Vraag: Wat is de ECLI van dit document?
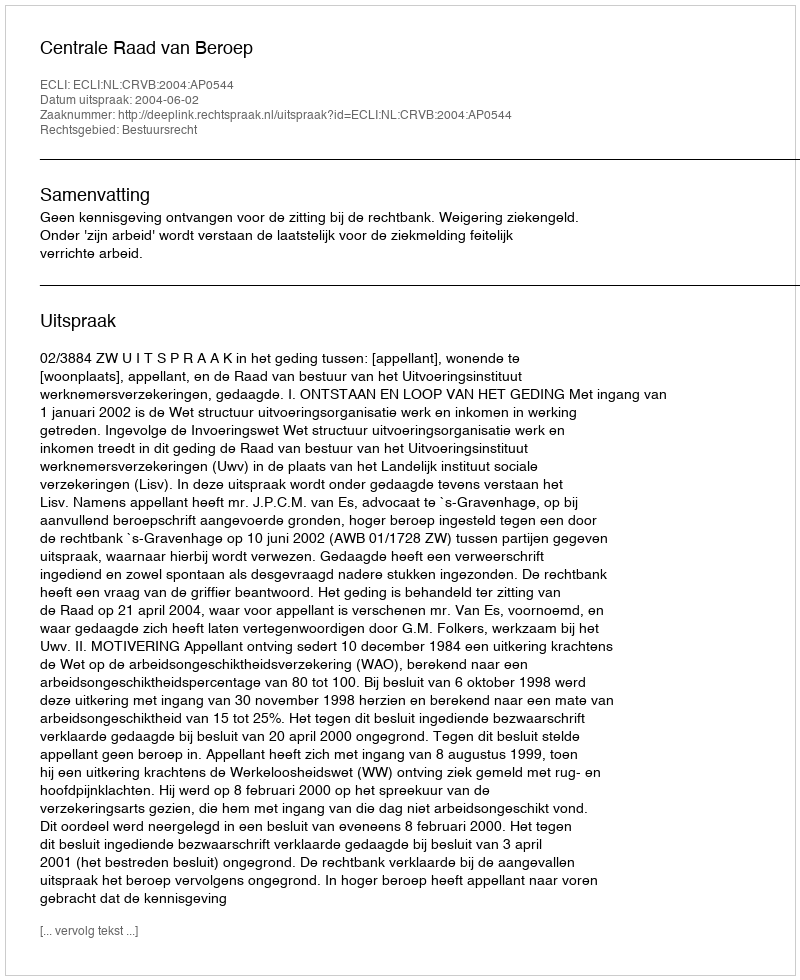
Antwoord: ECLI:NL:CRVB:2004:AP0544